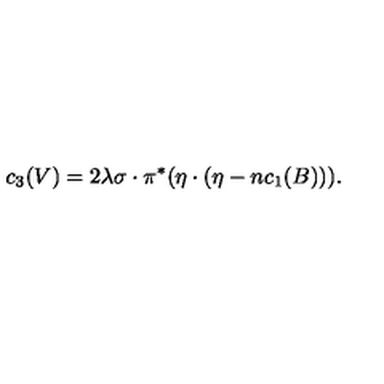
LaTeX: c _ { 3 } ( V ) = 2 \lambda \sigma \cdot \pi ^ { * } ( \eta \cdot ( \eta - n c _ { 1 } ( B ) ) ) .